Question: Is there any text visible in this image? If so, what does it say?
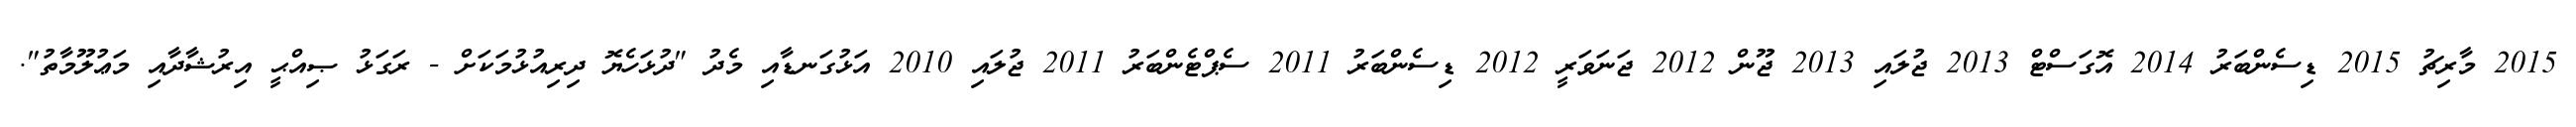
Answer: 2015 މާރިޗު 2015 ޑިސެންބަރު 2014 އޮގަސްޓް 2013 ޖުލައި 2013 ޖޫން 2012 ޖަނަވަރީ 2012 ޑިސެންބަރު 2011 ސެޕްޓެންބަރު 2011 ޖުލައި 2010 އަޅުގަނޑާއި މެދު "ދުޅަހެޔޮ ދިރިއުޅުމަކަށް - ރަގަޅު ޞިއްޙީ އިރުޝާދާއި މަޢުލޫމާތު".